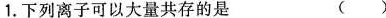
1. 下列离子可以大量共存的是 ( )